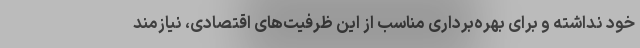
خود نداشته و برای بهره‌برداری مناسب از این ظرفیت‌های اقتصادی، نیازمند